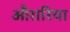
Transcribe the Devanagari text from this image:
औरारिया